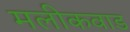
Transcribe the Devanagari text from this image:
मलीकवाड